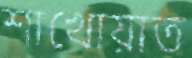
শাখোয়াত